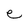
Character: e